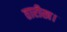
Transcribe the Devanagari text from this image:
तारीख।